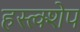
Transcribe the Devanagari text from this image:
हस्त्क्शेप